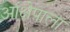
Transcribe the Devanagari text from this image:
आक्षेपाला